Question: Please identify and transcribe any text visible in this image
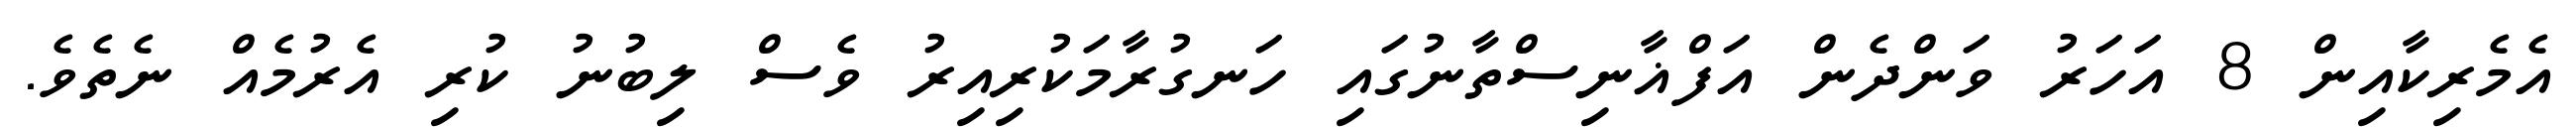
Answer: އެމެރިކާއިން 8 އަހަރު ވަންދެން އަފްޣާނިސްތާނުގައި ހަނގުރާމަކުރިއިރު ވެސް ލިބުނު ކުރި އެރުމެއް ނެތެވެ.